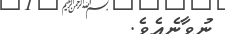
ނުވާނެއެވެ.